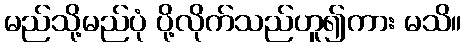
မည်သို့မည်ပုံ ပို့လိုက်သည်ဟူ၍ကား မသိ။